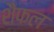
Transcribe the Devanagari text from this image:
शैफल